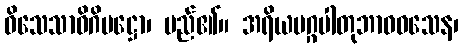
ဝိသေသာဓိဂိမဋ္ဌော၊ မည်၏။ အရိယမဂ္ဂပါတုဘာဝဝသေန၊